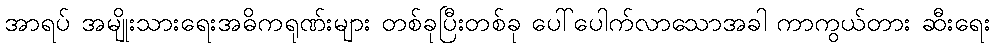
အာရပ် အမျိုးသားရေးအဓိကရုဏ်းများ တစ်ခုပြီးတစ်ခု ပေါ်ပေါက်လာသောအခါ ကာကွယ်တား ဆီးရေး